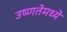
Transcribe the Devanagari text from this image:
उष्णतेमध्ये